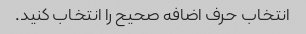
انتخاب حرف اضافه صحیح را انتخاب کنید.